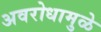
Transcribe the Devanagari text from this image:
अवरोधामुळे